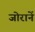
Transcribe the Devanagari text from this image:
जोरानें